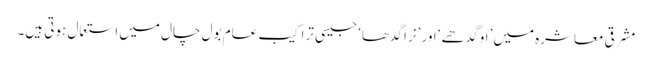
مشرقی معاشرہ میں ’او گدھے‘ اور ’نرا گدھا‘ جیسی تراکیب عام بول چال میں استعمال ہوتی ہیں۔